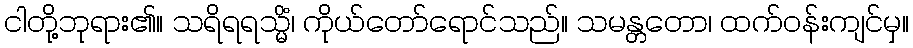
ငါတို့ဘုရား၏။ သရိရရသ္မိံ၊ ကိုယ်တော်ရောင်သည်။ သမန္တတော၊ ထက်ဝန်းကျင်မှ။